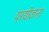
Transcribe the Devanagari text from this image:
परयोजना